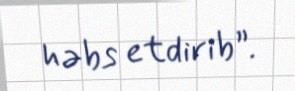
həbs etdirib”.